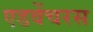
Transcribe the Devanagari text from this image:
एडवेंचरस